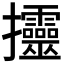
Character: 𢺰